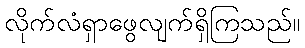
လိုက်လံရှာဖွေလျက်ရှိကြသည်။